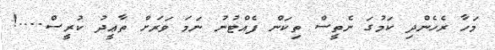
މަހާ ރެހެންދި ކަމުގަ ނެތީސް ތިކަން ފެއްޓުނު ނަމަ ވަރަށް ތާޢީދު ކުރީސް....!